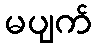
မပျက်